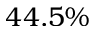
4 4 . 5 \%